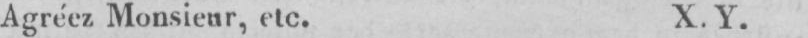
Agréez Monsieur, etc. X. Y.